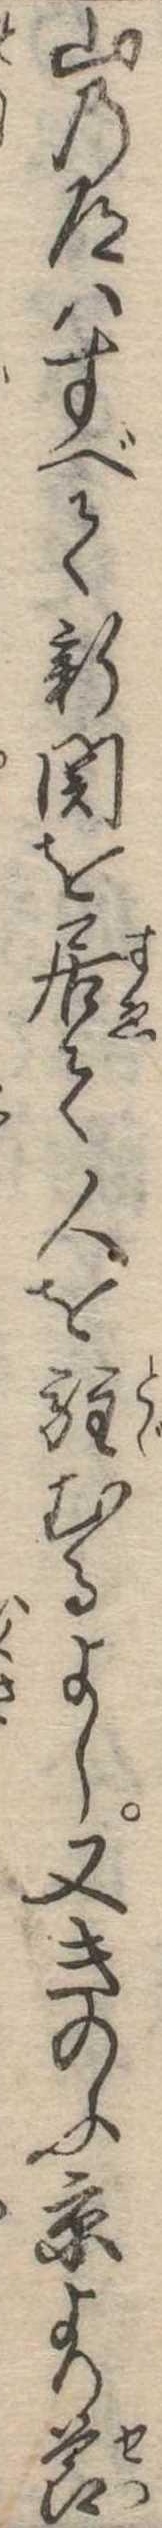
山の道はすべて新関を居て人を駐むるよし又きのふ京より節